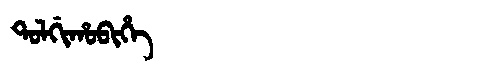
Manchu: ᡨᠣᠯᡤᡳᡥᠣᠪᡳᡥᡝ
Romanization: TOLGIHOBIHE